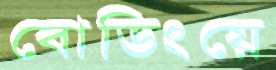
বোডিংয়ে